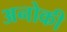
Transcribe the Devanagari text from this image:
अनोकी